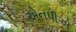
એનપીએ